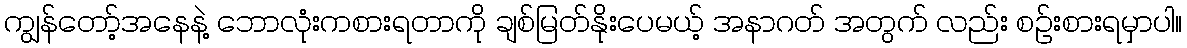
ကျွန်တော့်အနေနဲ့ ဘောလုံးကစားရတာကို ချစ်မြတ်နိုးပေမယ့် အနာဂတ် အတွက် လည်း စဉ်းစားရမှာပါ။